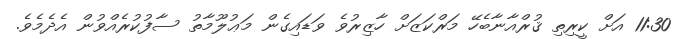
11:30 އަށް ކީރިތި ޤުރްއާނާބެހޭ މަރްކަޒަށް ހާޒިރުވެ ވަޑައިގެން މަޢުލޫމާތު ސާފުކުރެއްވުން އެދެމެވެ.